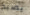
يصبح